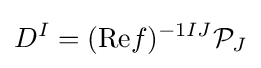
D^{I}=({\text{Re}}f)^{-1IJ}{\mathcal {P}}_{J}